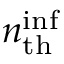
n _ { \mathrm { t h } } ^ { \mathrm { i n f } }